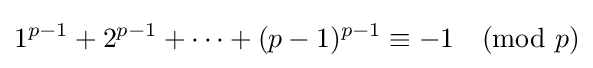
1^{p-1}+2^{p-1}+\cdots +(p-1)^{p-1}\equiv -1{\pmod {p}}